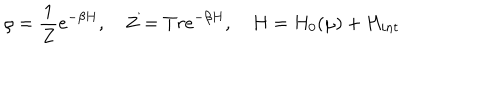
LaTeX: \rho = \frac { 1 } { Z } e ^ { - \beta H } , \quad Z = T r e ^ { - \beta H } , \quad H = H _ { 0 } ( \mu ) + H _ { i n t }